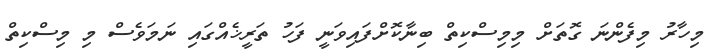
މިހާރު މިފެންނަ ގޮތަށް މިމިސްކިތް ބިނާކޮށްފައިވަނީ ފަހު ތަރީޚެއްގައި ނަމަވެސް މި މިސްކިތް